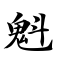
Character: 魁